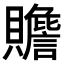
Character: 𧸸